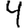
Digit: 4